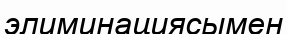
элиминациясымен